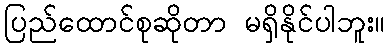
ပြည်ထောင်စုဆိုတာ မရှိနိုင်ပါဘူး။